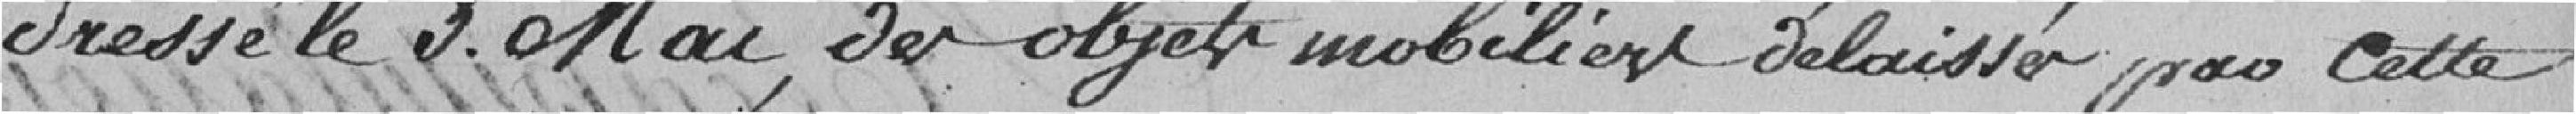
dressé le 3 Mai des objets mobiliers délaissés par cette